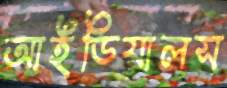
আইডিয়ালস